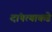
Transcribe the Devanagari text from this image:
दांपत्याकडे